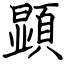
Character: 顕